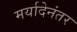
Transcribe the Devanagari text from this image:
मर्यादेनंतर